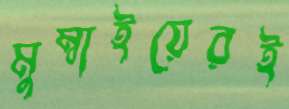
মুম্বাইয়েরই